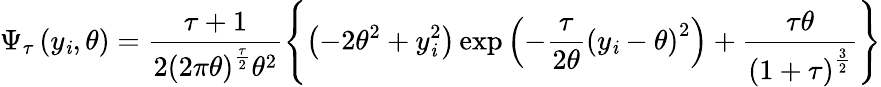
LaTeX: \Psi_{\tau}\left(y_{\mathit{i}},\theta\right)=\frac{{\tau+1}}{{2\left(2\pi\theta\right)^{\frac{{\tau}}{{2}}}\theta^{2}}}\left\{ \left(-2\theta^{2}+y_{\mathit{i}}^{2}\right)\exp\left(-\frac{{\tau}}{{2\theta}}\left(y_{\mathit{i}}-\theta\right)^{2}\right)+\frac{{\tau\theta}}{{\left(1+\tau\right)^{\frac{{3}}{{2}}}}}\right\}